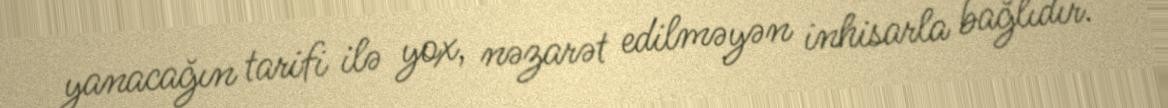
yanacağın tarifi ilə yox, nəzarət edilməyən inhisarla bağlıdır.